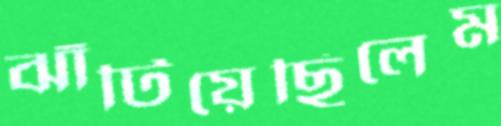
ঝাঁটিয়েছিলেম